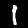
Label: 1